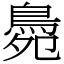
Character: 䳃